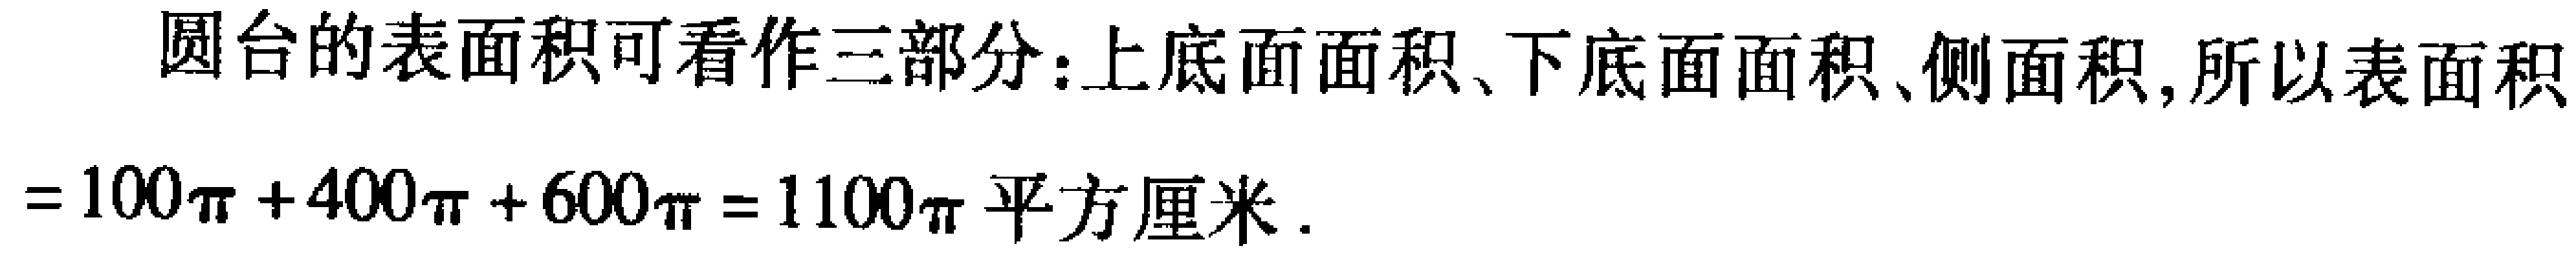
圆台的表面积可看作三部分:上底面面积、下底面面积、侧面积,所以表面积
\(=100\pi + 400\pi + 600\pi = 1100\pi\)平方厘米.